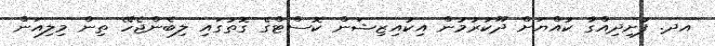
އދ. ފުށިދިއްގާ ކުއްޔަށް ދޫކުރުމުން އިކުއިޒިޝަން ކޮސްޓްގެ ގޮތުގައި ލިބެންޖެހޭ ތިން މިލިއަން